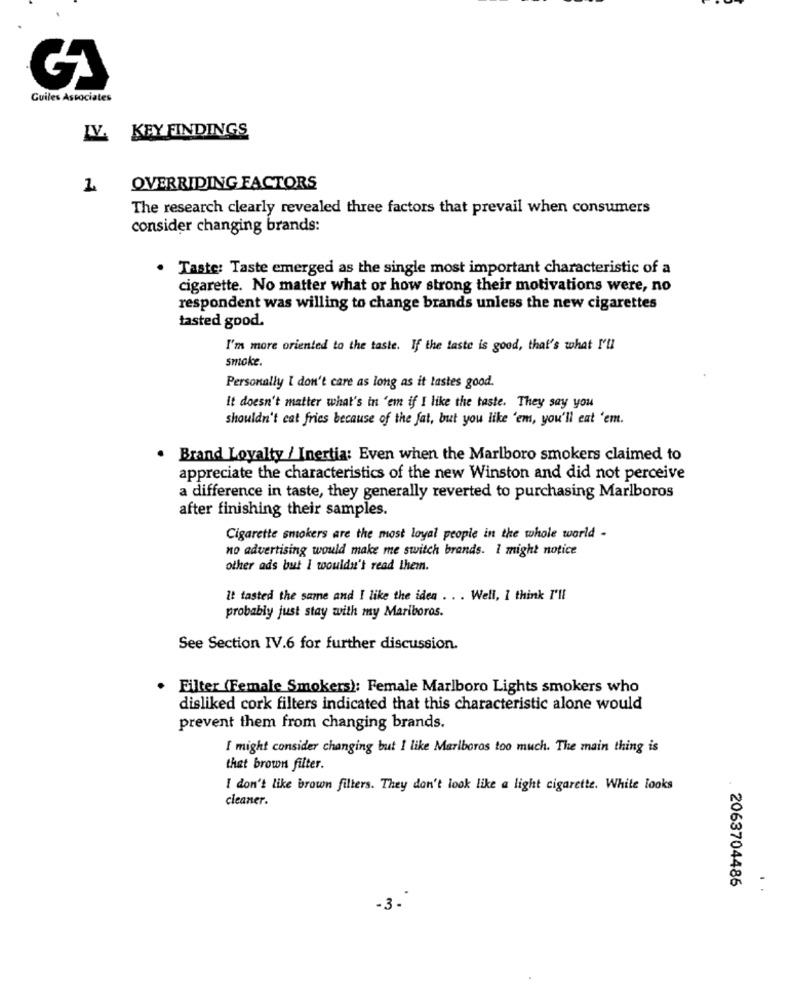
Guiles Associates
IV. KEY FINDINGS
1
OVERRIDING FACTORS
The research clearly revealed three factors that prevail when consumers
consider changing brands:
· Taste: Taste emerged as the single most important characteristic of a
cigarette. No matter what or how strong their motivations were, no
respondent was willing to change brands unless the new cigarettes
tasted good.
I'm more oriented to the taste. If the taste is good, that's what I'll
smoke.
Personally I don't care as long as it tastes good.
It doesn't matter what's in 'em if I like the taste. They say you
shouldn't cat fries because of the fat, but you like 'em, you'll eat 'em.
. Brand Loyalty / Inertia: Even when the Marlboro smokers claimed to
appreciate the characteristics of the new Winston and did not perceive
a difference in taste, they generally reverted to purchasing Marlboros
after finishing their samples.
Cigarette smokers are the most loyal people in the whole world -
no advertising would make me switch brands. I might notice
other ads but I wouldn't read them.
It tasted the same and I like the idea . . . Well, I think I'll
probably just stay with my Mariboros.
See Section IV.6 for further discussion.
Filter (Female Smokers): Female Marlboro Lights smokers who
disliked cork filters indicated that this characteristic alone would
prevent them from changing brands.
I might consider changing but I like Marlboros too much. The main thing is
that brown filter.
I don't like brown filters. They don't look like a light cigarette. White looks
cleaner.
2063704486
-3.